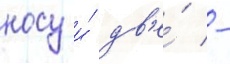
носу и́ дв'е́ -